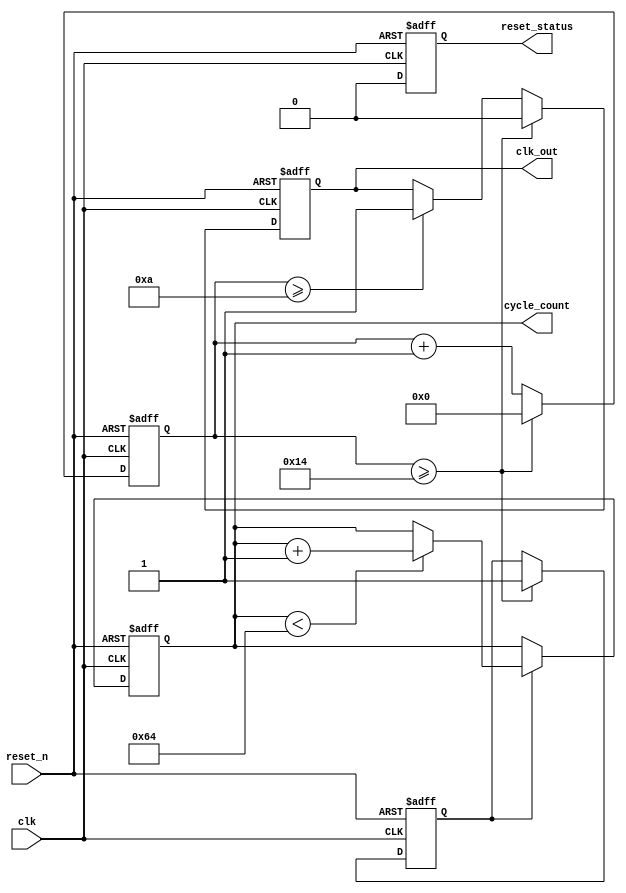
module ClockCycleInitialization #(
    parameter CLOCK_PERIOD = 20, // Clock period in ns
    parameter DUTY_CYCLE = 50,    // Duty cycle in percentage
    parameter INIT_VALUE = 8'h00, // Initial value for registers
    parameter CYCLE_LIMIT = 100    // Number of clock cycles to trigger an event
)(
    input wire clk,                // External clock signal
    input wire reset_n,            // Active-low reset signal
    output reg clk_out,            // Generated clock signal
    output reg [7:0] cycle_count,  // Current clock cycle count
    output reg reset_status         // Reset status signal
);

    // Internal signal for clock generation
    reg [31:0] clk_divider;
    reg clk_enable;

    // Clock generation process
    always @(posedge clk or negedge reset_n) begin
        if (!reset_n) begin
            clk_divider <= 0;
            clk_out <= 0;
            clk_enable <= 0;
        end else begin
            clk_divider <= clk_divider + 1;
            if (clk_divider >= (CLOCK_PERIOD * DUTY_CYCLE / 100)) begin
                clk_out <= 1; // Set clock high
            end
            if (clk_divider >= CLOCK_PERIOD) begin
                clk_out <= 0; // Set clock low
                clk_divider <= 0; // Reset divider
                clk_enable <= 1; // Enable clock for counting
            end
        end
    end

    // Initialization and reset mechanism
    always @(posedge clk or negedge reset_n) begin
        if (!reset_n) begin
            cycle_count <= 8'h00; // Reset cycle count
            reset_status <= 1;     // Indicate reset state
        end else begin
            reset_status <= 0;     // Clear reset status
            if (clk_enable) begin
                if (cycle_count < CYCLE_LIMIT) begin
                    cycle_count <= cycle_count + 1; // Increment cycle count
                end else begin
                    // Trigger specific events after CYCLE_LIMIT
                    // Add event triggering logic here if needed
                end
            end
        end
    end

    // Initialization of registers or states can be added here
    initial begin
        cycle_count = INIT_VALUE; // Initialize cycle count
        reset_status = 1;         // Start in reset state
        clk_out = 0;              // Initialize clock output
    end

endmodule